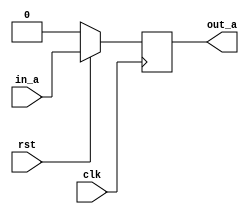
module FLP_NO_ASRT (clk, rst, in_a, out_a);
   input clk, rst;
   input in_a;
   output reg out_a;

   always@(posedge clk)
   begin
      if(!rst)
      out_a <= 1'b0;
      else
      out_a <= in_a;
   end
endmodule